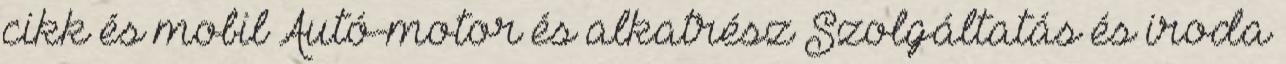
cikk és mobil Autó-motor és alkatrész Szolgáltatás és iroda